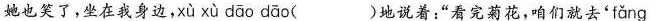
她也笑了，坐在我身边，xù xù dāo dāo ( )地说着：”看完菊花，咱们就去' fǎng